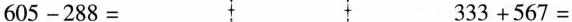
$$6 0 5 - 2 8 8 = $$ $$3 3 3 + 5 6 7 =$$